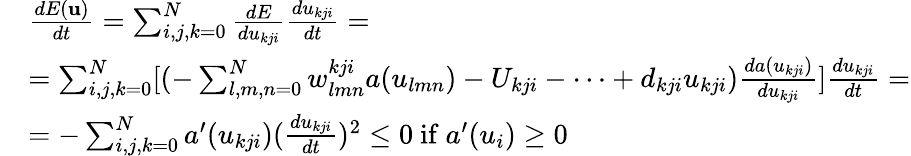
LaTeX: \begin{array}{rl}&{\frac{dE(\mathbf{u})}{dt}=\sum_{i,j,k=0}^{N}\frac{dE}{du_{kji}}\frac{du_{kji}}{dt}=}\\ &{=\sum_{i,j,k=0}^{N}[(-\sum_{l,m,n=0}^{N}w_{lmn}^{kji}a(u_{lmn})-U_{kji}-\dots+d_{kji}u_{kji})\frac{da(u_{kji})}{du_{kji}}]\frac{du_{kji}}{dt}=}\\ &{=-\sum_{i,j,k=0}^{N}a^{\prime}(u_{kji})(\frac{du_{kji}}{dt})^{2}\leq 0\mathrm{~if~}a^{\prime}(u_{i})\geq 0}\end{array}